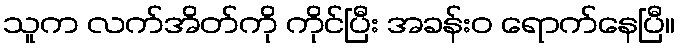
သူက လက်အိတ်ကို ကိုင်ပြီး အခန်းဝ ရောက်နေပြီ။